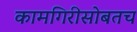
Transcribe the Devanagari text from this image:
कामगिरीसोबतच